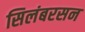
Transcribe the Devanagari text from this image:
सिलंबरसन